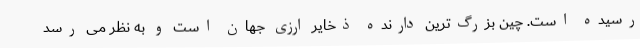
رسیده است. چین بزرگ‌ترین دارنده ذخایر ارزی جهان است و به نظر می رسد